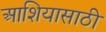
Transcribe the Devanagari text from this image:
आशियासाठी